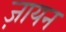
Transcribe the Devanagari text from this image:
ज़ायन